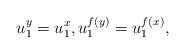
LaTeX: \begin{align*}u^{y}_1=u^{x}_1, u^{f(y)}_1=u^{f(x)}_1,\end{align*}